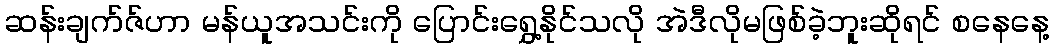
ဆန်းချက်ဇ်ဟာ မန်ယူအသင်းကို ပြောင်းရွှေ့နိုင်သလို အဲဒီလိုမဖြစ်ခဲ့ဘူးဆိုရင် စနေနေ့